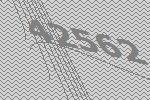
42562